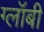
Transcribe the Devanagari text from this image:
ग्लॉबी